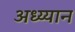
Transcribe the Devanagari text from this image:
अध्य्यान